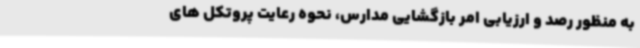
به منظور رصد و ارزیابی امر بازگشایی مدارس، نحوه رعایت پروتکل های